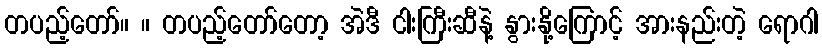
တပည့်တော်။ ။ တပည့်တော်တော့ အဲဒီ ငါးကြီးဆီနဲ့ နွားနို့ကြောင့် အားနည်းတဲ့ ရောဂါ